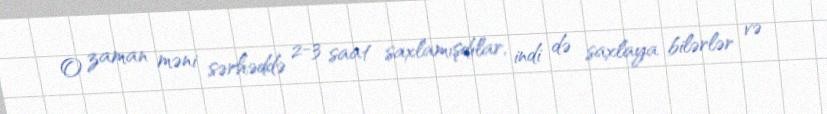
O zaman məni sərhəddə 2-3 saat saxlamışdılar, indi də saxlaya bilərlər və